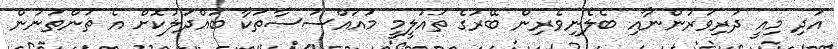
އަދި މިއީ ދަރިވަރުންނާއި ބެލެނިވެރިން ބޭރުގެ ތައުލީމީ މުއައްސަސާތަކާ ބައްދަލުކޮށް އެ ތަންތަނުން